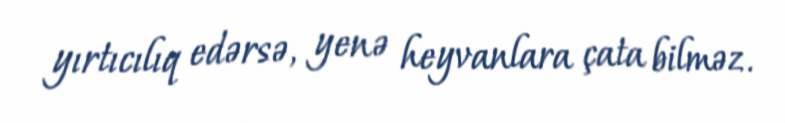
yırtıcılıq edərsə, yenə heyvanlara çata bilməz.